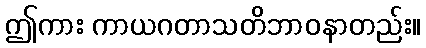
ဤကား ကာယဂတာသတိဘာဝနာတည်း။